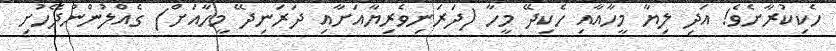
ހެކިކުރާށެވެ! އަދި ލިޔާ މީހާއާއި ހެކިދޭ މީހާ (ދަރަނިވެރިޔާއަށާއި ދަރަނިދޭ މީހާއަށް) ގެއްލުންނުދޭހުށި